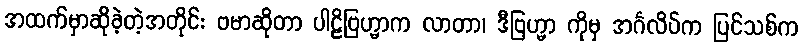
အထက်မှာဆိုခဲ့တဲ့အတိုင်း ဗမာဆိုတာ ပါဠိဗြဟ္မာက လာတာ၊ ဒီဗြဟ္မာ ကိုမှ အင်္ဂလိပ်က ပြင်သစ်က